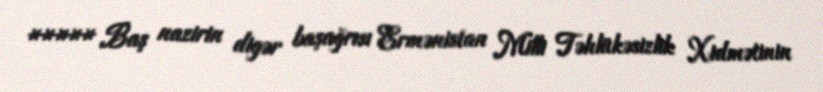
***** Baş nazirin digər başağrısı Ermənistan Milli Təhlükəsizlik Xidmətinin